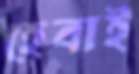
হেবাই